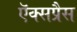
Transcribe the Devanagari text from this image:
ऍक्सप्रैस